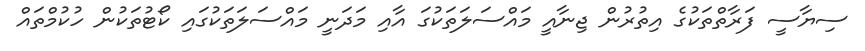
ސިޔާސީ ފަރާތްތަކުގެ އިތުރުން ޖިނާއީ މައްސަލަތަކުގަ އާއި މަދަނީ މައްސަލަތަކުގައި ކޯޓުތަކުން ހުކުމްތައް